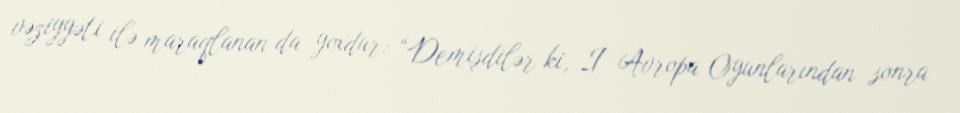
vəziyyəti ilə maraqlanan da yoxdur: “Demişdilər ki, I Avropa Oyunlarından sonra